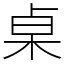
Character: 桌